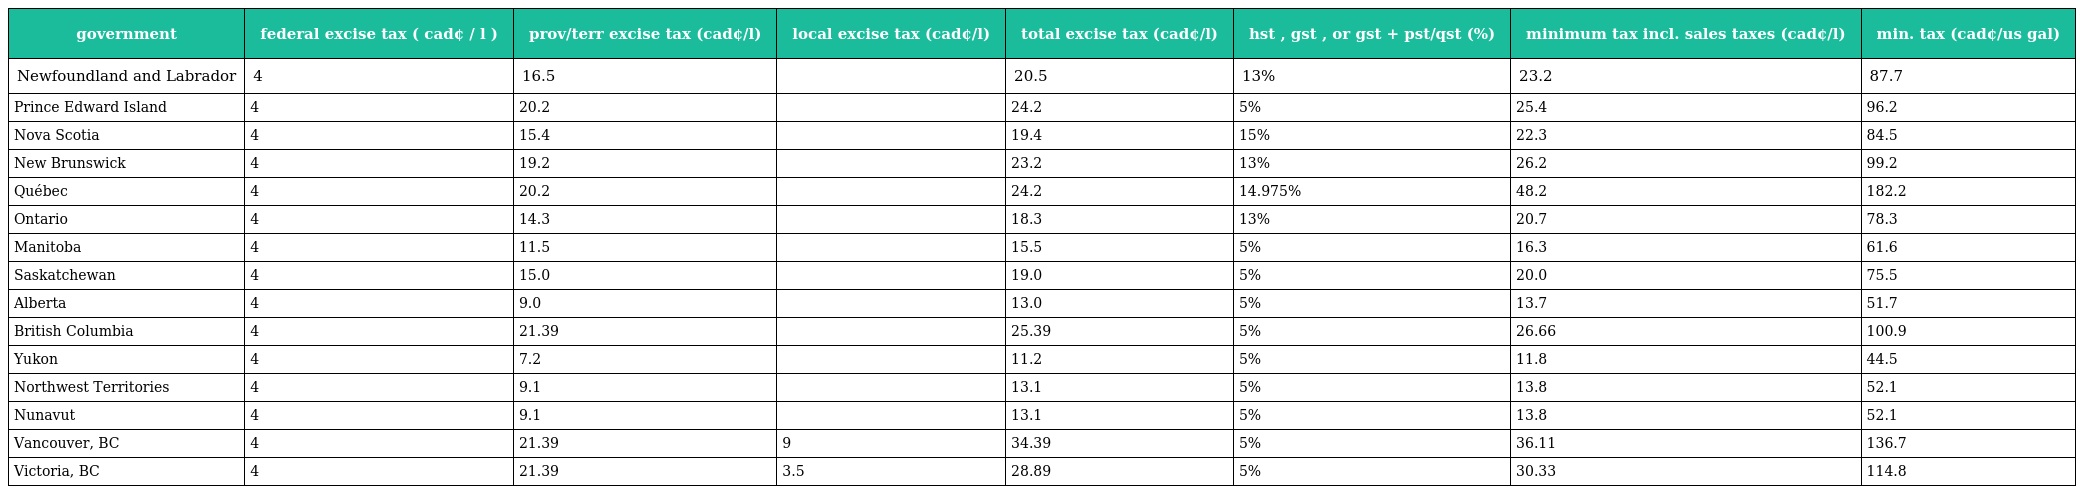
| government | federal excise tax ( cad¢ / l ) | prov/terr excise tax (cad¢/l) | local excise tax (cad¢/l) | total excise tax (cad¢/l) | hst , gst , or gst + pst/qst (%) | minimum tax incl. sales taxes (cad¢/l) | min. tax (cad¢/us gal) |
 | --- | --- | --- | --- | --- | --- | --- | --- |
 | Newfoundland and Labrador | 4 | 16.5 |  | 20.5 | 13% | 23.2 | 87.7 |
 | Prince Edward Island | 4 | 20.2 |  | 24.2 | 5% | 25.4 | 96.2 |
 | Nova Scotia | 4 | 15.4 |  | 19.4 | 15% | 22.3 | 84.5 |
 | New Brunswick | 4 | 19.2 |  | 23.2 | 13% | 26.2 | 99.2 |
 | Québec | 4 | 20.2 |  | 24.2 | 14.975% | 48.2 | 182.2 |
 | Ontario | 4 | 14.3 |  | 18.3 | 13% | 20.7 | 78.3 |
 | Manitoba | 4 | 11.5 |  | 15.5 | 5% | 16.3 | 61.6 |
 | Saskatchewan | 4 | 15.0 |  | 19.0 | 5% | 20.0 | 75.5 |
 | Alberta | 4 | 9.0 |  | 13.0 | 5% | 13.7 | 51.7 |
 | British Columbia | 4 | 21.39 |  | 25.39 | 5% | 26.66 | 100.9 |
 | Yukon | 4 | 7.2 |  | 11.2 | 5% | 11.8 | 44.5 |
 | Northwest Territories | 4 | 9.1 |  | 13.1 | 5% | 13.8 | 52.1 |
 | Nunavut | 4 | 9.1 |  | 13.1 | 5% | 13.8 | 52.1 |
 | Vancouver, BC | 4 | 21.39 | 9 | 34.39 | 5% | 36.11 | 136.7 |
 | Victoria, BC | 4 | 21.39 | 3.5 | 28.89 | 5% | 30.33 | 114.8 |